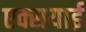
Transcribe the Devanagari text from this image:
एक्सयाई